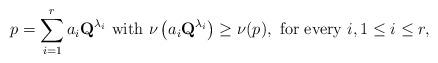
LaTeX: \begin{align*}p=\sum_{i=1}^ra_i\textbf{Q}^{\lambda_i}\mbox{ with }\nu\left(a_i\textbf{Q}^{\lambda_i}\right)\geq \nu(p),\mbox{ for every }i, 1\leq i\leq r,\end{align*}